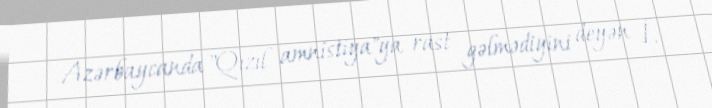
Azərbaycanda "Qızıl amnistiya"ya rast gəlmədiyini deyən İ.